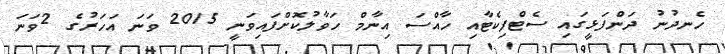
ހެނދުނު ދަންފަޅީގައި ސެޓްފިކެޓާއި ހާއްސަ އިނާމް ހަވާލުކޮށްފައިވަނީ 2015 ވަނަ އަހަރުގެ 2ވަނަ